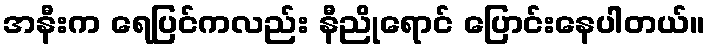
အနီးက ရေပြင်ကလည်း နီညိုရောင် ပြောင်းနေပါတယ်။